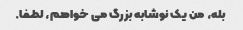
بله، من یک نوشابه بزرگ می خواهم، لطفا.